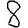
Digit: 8